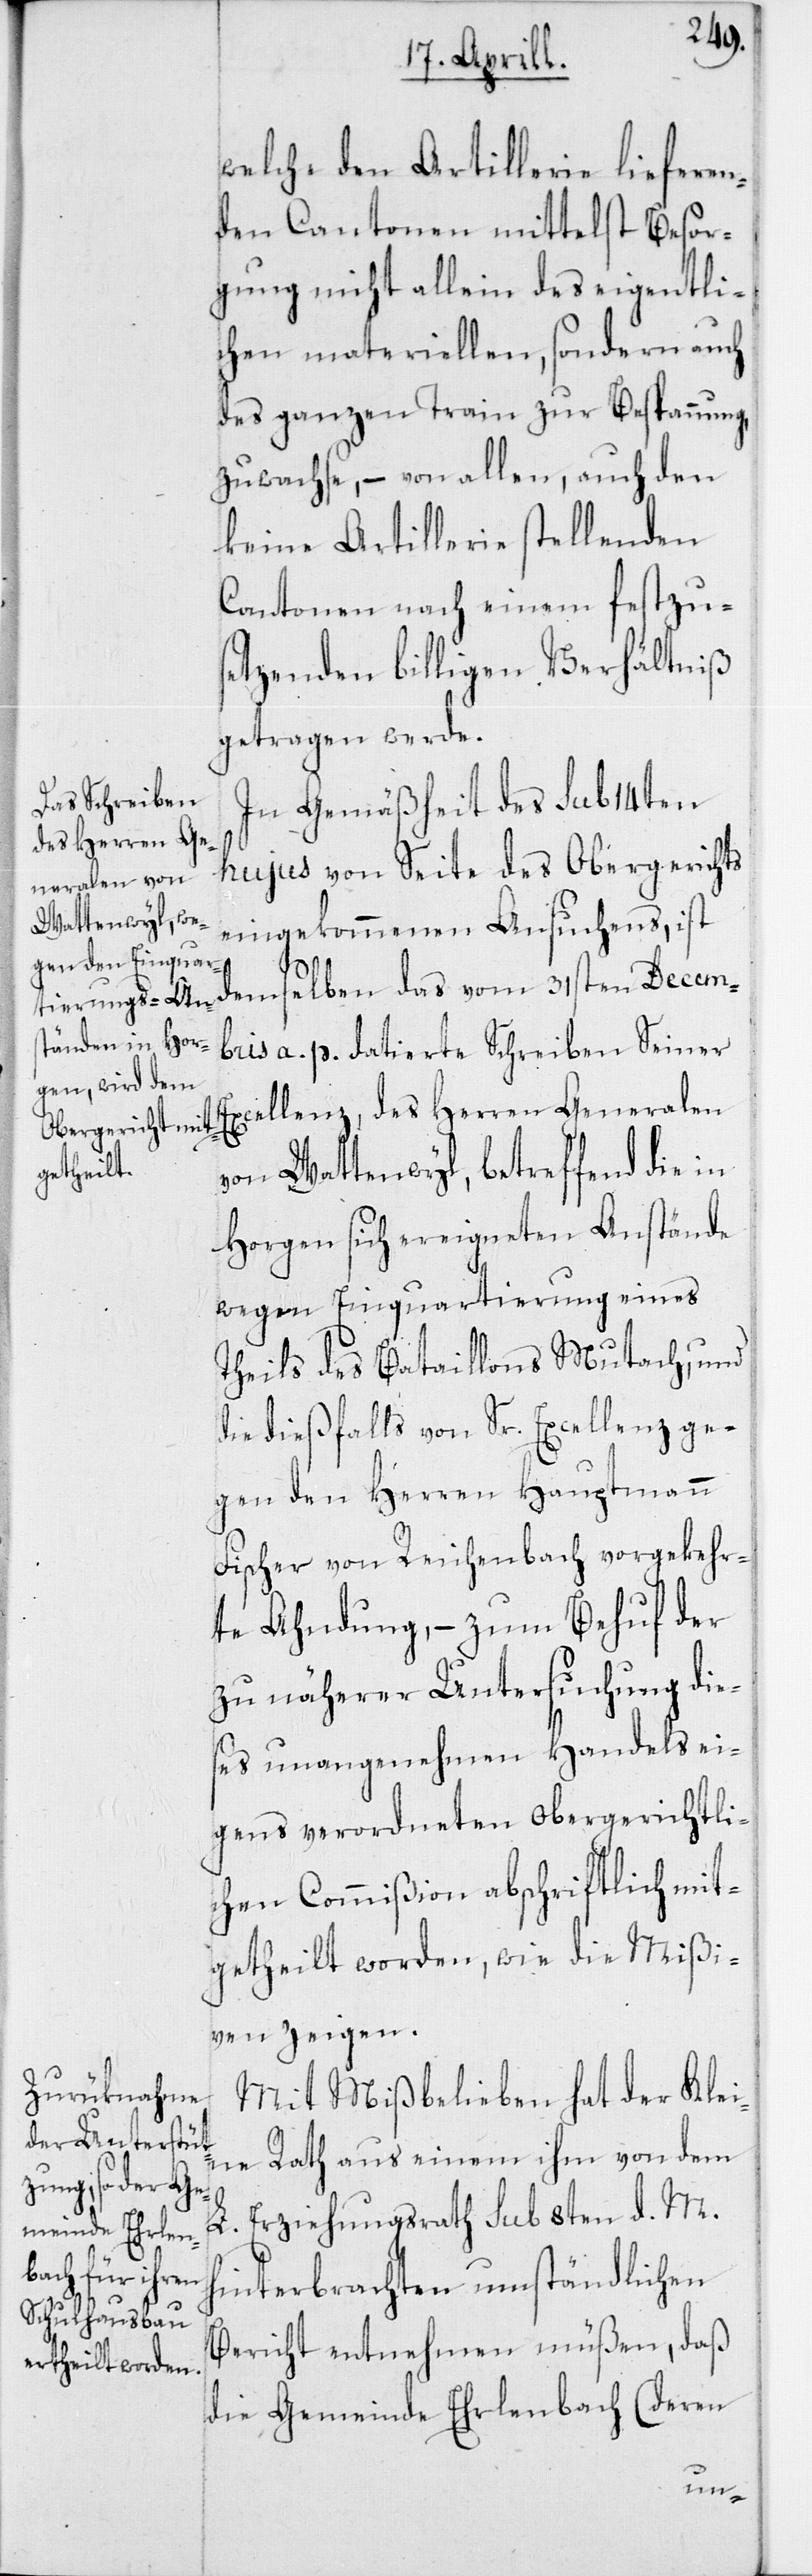
welche den Artillerie lieferen¬
den Cantonen mittelst Besor¬
gung nicht allein des eigentli¬
chen materiellen, sondern auch
des ganzen Train zur Bespannung
zuwachse, – von allen, auch den
keine Artillerie stellenden
Cantonen nach einem festzus¬
etzenden billigen Verhältniß
getragen werde.
In Gemäßheit des sub 14ten
des Herren Ge¬
hujus von Seite des Obergerichts
neralen von
eingekommenen Ansuchens, ist
demselben das vom 31sten Decem¬
ber a. p. datierte Schreiben Seiner
Wattenwyl, betreffend die in
Horgen sich ereigneten Anstände
wegen Einquartierung eines
Theils des Bataillons Mutach, und
die dießfalls von Sr. Excellenz ge¬
gen den Herren Hauptmann
Fischer von Reichenbach vorgekehr¬
te Ahndung, – zum Behuf der
zu näherer Untersuchung die¬
ses unangenehmen Handels ei¬
gens verordneten obergerichtli¬
chen Commißion abschriftlich mit¬
getheilt worden, wie die Mißi¬
ven zeigen.
Mit Mißbelieben hat der Klei¬
ne Rath aus einem ihm von dem
L. Erziehungsrath sub 8ten d. M.
hinterbrachten umständlichen
Bericht entnehmen müßen, daß
die Gemeinde Erlenbach (deren